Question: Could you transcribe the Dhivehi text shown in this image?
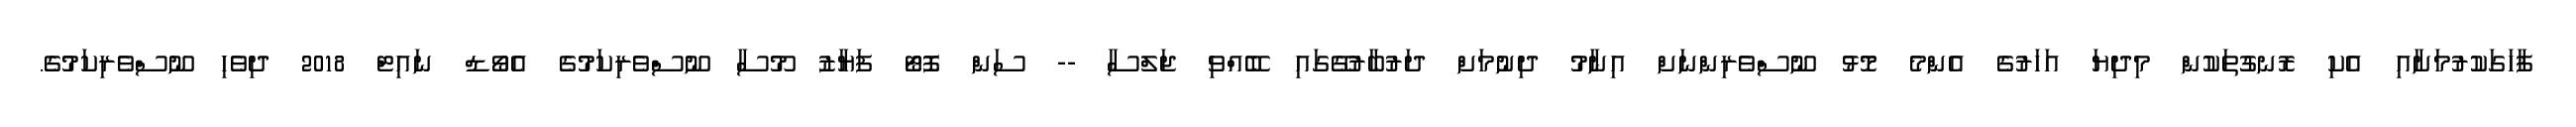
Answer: ފާހަގަކުރުމަށާއި އެކި ރޮނގުތަކުން މިދިޔަ އަހަރުގެ އެންމެ މޮޅު ނޫސްވެރިންނަށް އިނާމު ދިނުމަށް ދަރުބާރުގޭގައި ބޭއްވި ޖަލްސާ -- ސަން ފޮޓޯ ފަޔާޒު މޫސާ ނޫސްވެރިކަމުގެ އެވޯޑް ނައިޓް 2018 ދިވެހި ނޫސްވެރިކަމުގެ.